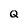
Character: Q